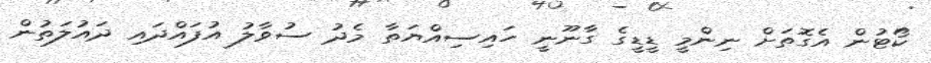
ކޯޓުން އެގޮތަށް ނިންމީ ޑީޑީގެ ގާނޫނީ ހައިސިއްޔަތާ މެދު ސުވާލު އުފައްދައި ދައުލަތުން